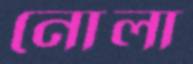
নোলা